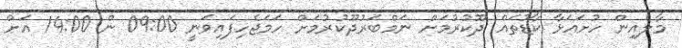
މާލެއިން ހުށައަޅާ ކާޑުތައް ދޫކުރުމަށް ނަމްބަރުދޫކުރުމަށް ހަމަޖެހިފައިވަނީ 09:00 ން 14:00 އަށް